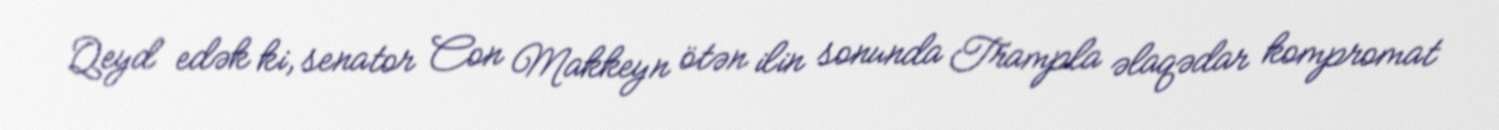
Qeyd edək ki, senator Con Makkeyn ötən ilin sonunda Trampla əlaqədar kompromat